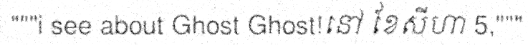
"""i see about Ghost Ghost!នៅ ខែសីហា 5,"""